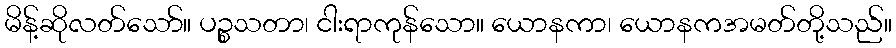
မိန့်ဆိုလတ်သော်။ ပဉ္စသတာ၊ ငါးရာကုန်သော။ ယောနကာ၊ ယောနကအမတ်တို့သည်။